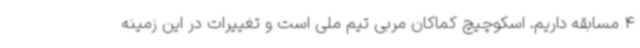
4 مسابقه داریم. اسکوچیچ کماکان مربی تیم ملی است و تغییرات در این زمینه